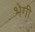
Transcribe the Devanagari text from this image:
भेगी